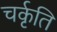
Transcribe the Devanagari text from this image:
चर्कृति